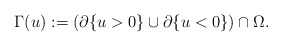
\begin{align*}\Gamma(u) := (\partial \{u>0\}\cup \partial \{u<0\}) \cap \Omega.\end{align*}